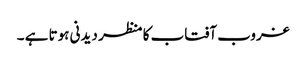
غروب آفتاب کا منظر دیدنی ہوتا ہے ۔